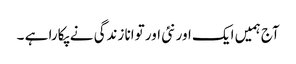
آج ہمیں ایک اور نئی اور توانا زندگی نے پکارا ہے ۔